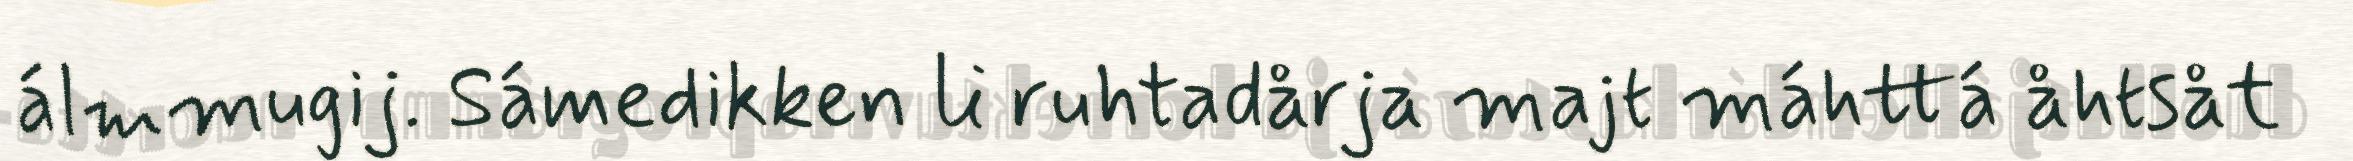
álmmugij. Sámedikken li ruhtadårja majt máhttá åhtsåt